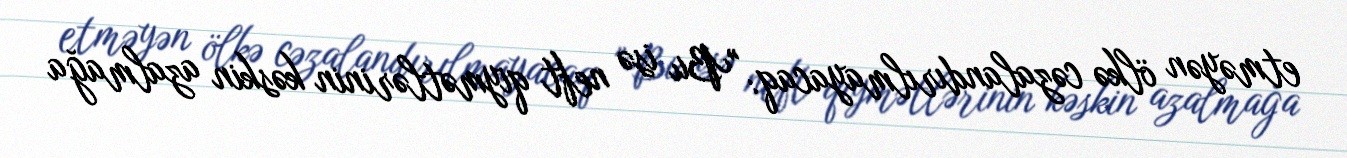
etməyən ölkə cəzalandırılmayacaq: "Bu isə neft qiymətlərinin kəskin azalmağa